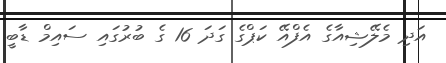
އަދި މެލޭޝިއާގެ އެފްއޭ ކަޕްގެ ގަދަ 16 ގެ ބުރުގައި ސައިމް ޑާބީ